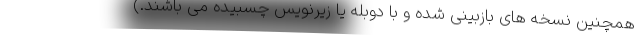
همچنین نسخه های بازبینی شده و با دوبله یا زیرنویس چسبیده می باشند.)